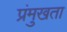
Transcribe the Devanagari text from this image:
प्रंमुखता